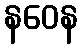
နဝေန